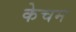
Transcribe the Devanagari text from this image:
केचम